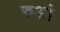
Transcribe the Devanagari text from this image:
रुआं